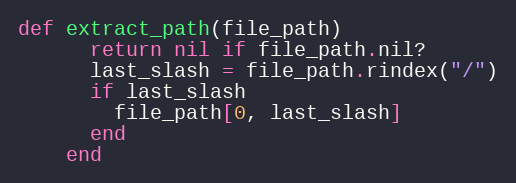
Language: Ruby
def extract_path(file_path)
      return nil if file_path.nil?
      last_slash = file_path.rindex("/")
      if last_slash
        file_path[0, last_slash]
      end
    end